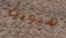
هيويت